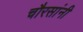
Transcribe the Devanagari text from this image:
चौरसांनी